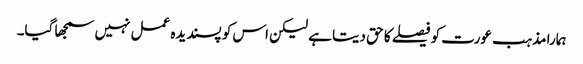
ہمارا مذہب عورت کو فیصلے کا حق دیتا ہے لیکن اس کو پسندیدہ عمل نہیں سمجھا گیا۔